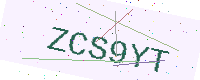
Text: ZCS9YT